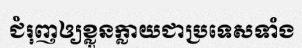
ជំរុញឲ្យខ្លួនក្លាយជាប្រទេសទាំង